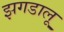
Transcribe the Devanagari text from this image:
झगडालू